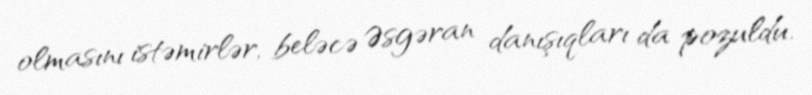
olmasını istəmirlər, beləcə Əsgəran danışıqları da pozuldu.